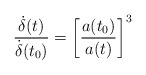
\begin{align*}\frac{\dot{\delta}(t)}{\dot{\delta}(t_0)}=\bigg[\frac{a(t_0)}{a(t)}\bigg]^3\end{align*}